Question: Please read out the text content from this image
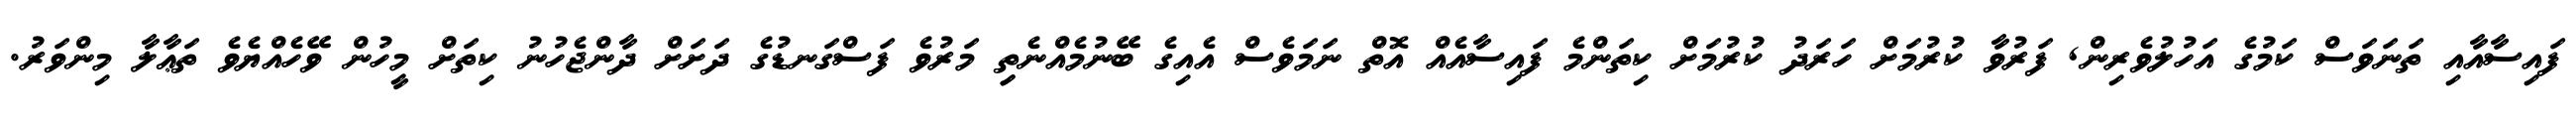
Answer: ފައިސާއާއި ތަނަވަސް ކަމުގެ އަހުލުވެރިން, ފަރުވާ ކުރުމަށް ހަރަދު ކުރުމަށް ކިތަންމެ ފައިސާއެއް އޮތް ނަމަވެސް އެއިގެ ބޭނުމެއްނެތިި މަރުވެ ފަސްގަނޑުގެ ދަށަށް ދާންޖެހުނު ކިތަށް މީހުން ވޭހެއްޔެވެ ތަޢާލާ މިންވަރު.